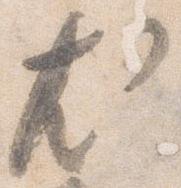
尤